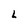
Character: L